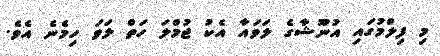
މި ފިލްމުގައި އުނޫޝާގެ ލަވައާ އެކު ޖުމްލަ ހަތް ލަވަ ހިމެނެ އެވެ.